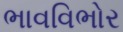
ભાવવિભોર